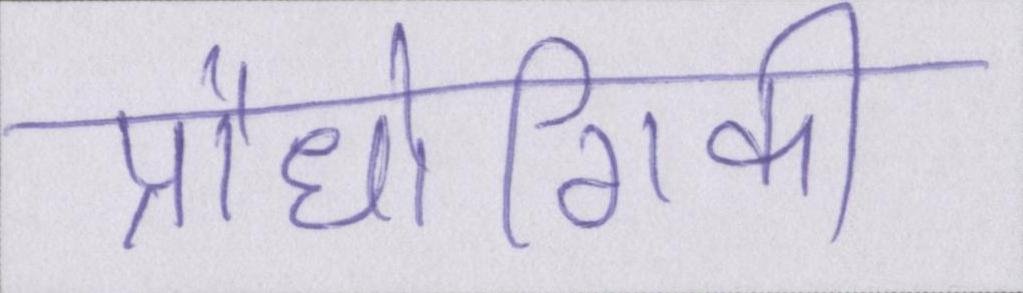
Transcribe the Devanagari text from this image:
प्रौधोगिकी